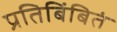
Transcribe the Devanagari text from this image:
प्रतिबिंबितं